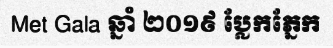
Met Gala ឆ្នាំ ២០១៩ ប្លែកភ្នែក